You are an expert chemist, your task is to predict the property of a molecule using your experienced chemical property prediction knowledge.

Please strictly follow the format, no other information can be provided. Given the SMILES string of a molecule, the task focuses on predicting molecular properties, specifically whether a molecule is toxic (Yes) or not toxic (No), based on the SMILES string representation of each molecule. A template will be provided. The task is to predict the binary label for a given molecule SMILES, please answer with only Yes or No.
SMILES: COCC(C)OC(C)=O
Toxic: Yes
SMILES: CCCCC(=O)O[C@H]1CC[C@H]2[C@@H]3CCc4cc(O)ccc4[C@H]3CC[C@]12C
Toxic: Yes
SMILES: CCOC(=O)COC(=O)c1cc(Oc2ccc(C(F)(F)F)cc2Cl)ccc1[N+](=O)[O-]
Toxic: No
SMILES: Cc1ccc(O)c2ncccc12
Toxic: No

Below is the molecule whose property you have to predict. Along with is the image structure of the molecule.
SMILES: O=C1[N-]S(=O)(=O)c2ccccc21
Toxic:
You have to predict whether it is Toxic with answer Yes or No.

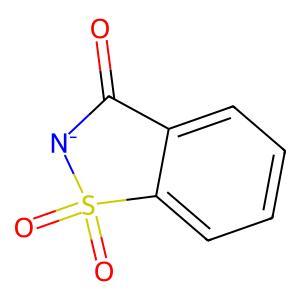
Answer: No